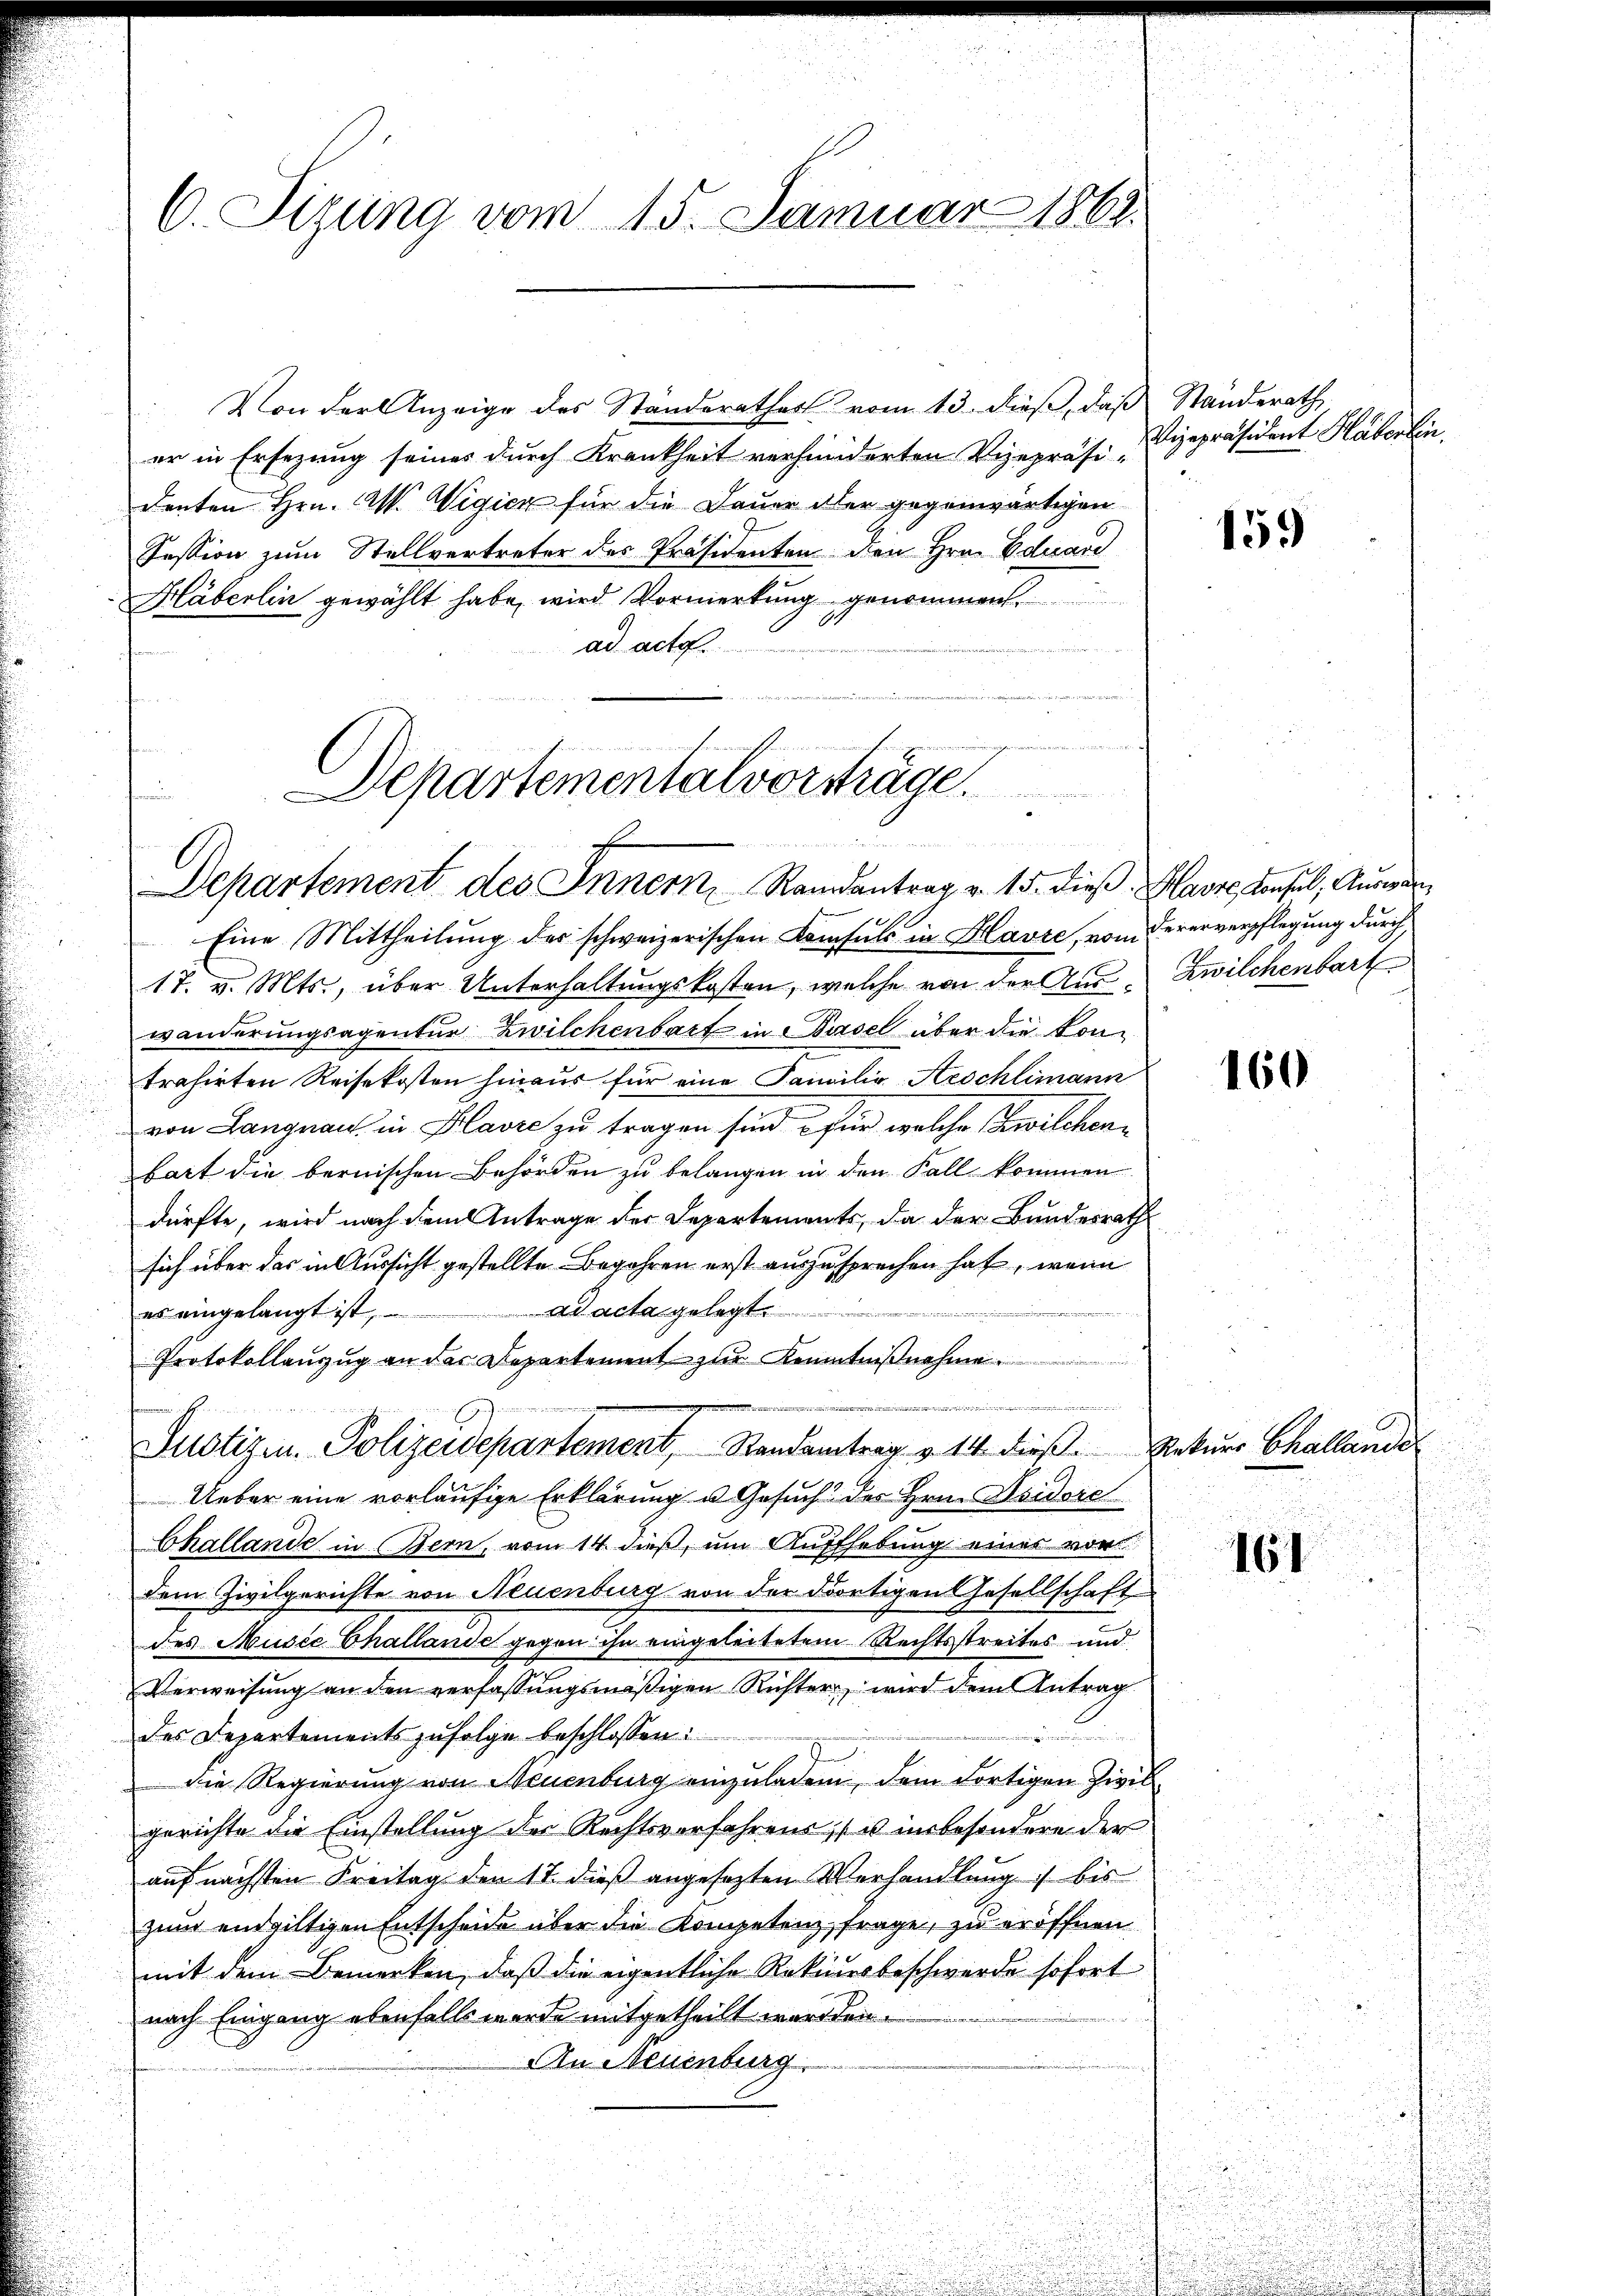
C. Sizung vom 15. Januar 1862.

Von der Anzeige des Ständerathes vom 13. dieß, daß Standerath
er in Ersezung seines durch Krankheit verhiniderten Vizepräsi-
denten Hrn. Al. Wigier für die Dauer aber gegenwärtigen
Session zum Stellvertreter des Präsidenten den Hrn. Eduard
Häberlin gewählt habe, wird Vormerkung genommen.
ad acta.
Eine Mittheilung der schweizerischen Konsuls in Klavie, vom Vererverpflegung durch
17. v. Mts., über Unterhaltungskosten, welche von der Auswänderungsagentur Zwilchenbart in Basel über die kontrahirten Reisekosten hinaus für eine Familie Aeschlimann
von Langnau in Plavec zu tragen sind, für welche Zwilchenbart die bernischen Behörden zu belangen in den Fall kommen
dürfte, wird nach dem Antrage der Departements, da der Bundesrath
sich über das in Aussicht gestellte Begehren erst auszusprechen hat, wenn
ad acta gelegt.
es eingelangt ist,
Protokollauzug an das Departement zur Kenntnißnahme
n
Justizen. Polizeidepartement, Randantrag v. 14. dieß Rekurs Challande
Ueber eine vorläufige Erklärung u. Gesuch der Hrn. Isidore
Challande in Bern, vom 14. dieß, um Auffhebung eines vor
dem Zivilgerichte von Neuenburg von der dortigen Gesellschaft
des Music Challande gegen ihn eingeleitetem Rechtsstreites und
Verweisung an den verfassungsmäßigen Richter, wird dem Antrag
des Departements zufolge beschlossen:
die Regierung von Neuenburg einzuladen, dem dortigen Zivilgerichte die Einstellung des Rechtsverfahrens, u insbesondere der
auf nächsten Freitag den 17 dieß angesezten Verhandlung bis
zum endgültigen Entscheide aber die Kompetenz, frage, zu eröffnen
mit dem Bemerken, daß die eigentliche Rekursbeschwerde sofort
nach Eingang ebenfalls werde mitgetheilt werden.
An Neuenburg

Departementalvorsträge.
Departement des Innern Randantrag v. 15. Dieß Havre, Konsul, Auswei

d

Vizepräsident Häberlin.

159

Zwilchenbart

160

161